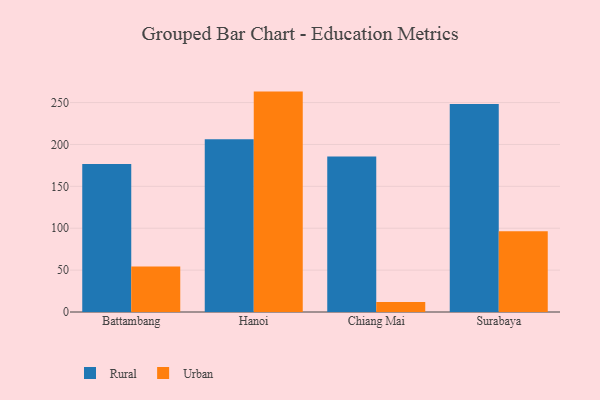
{"axis": {"x": "City", "y": "Active Users"}, "legend": ["Rural", "Urban"], "data": [{"x": "Battambang", "y": 176.8, "type": "Rural"}, {"x": "Battambang", "y": 54.4, "type": "Urban"}, {"x": "Hanoi", "y": 206.3, "type": "Rural"}, {"x": "Hanoi", "y": 263.1, "type": "Urban"}, {"x": "Chiang Mai", "y": 185.6, "type": "Rural"}, {"x": "Chiang Mai", "y": 11.9, "type": "Urban"}, {"x": "Surabaya", "y": 248.3, "type": "Rural"}, {"x": "Surabaya", "y": 96.5, "type": "Urban"}]}